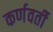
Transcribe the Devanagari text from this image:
कर्णवर्ती